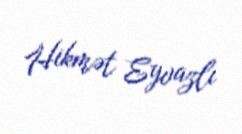
Hikmət Eyvazlı